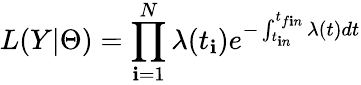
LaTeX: L(Y|\Theta)=\prod_{\mathbf{i}=1}^{N}\lambda(t_{\mathbf{i}})e^{-\int_{t_{\mathbf{i}n}}^{t_{f\mathbf{i}n}}\lambda(t)dt}